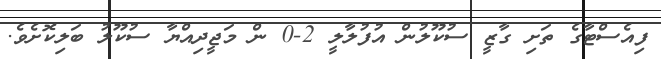
ފިއެސްޓާގެ ތަށި ގާޒީ ސުކޫލުން އުފުލާލީ 2-0 ން މަޖީދިއްޔާ ސުކޫލު ބަލިކޮށެވެ.